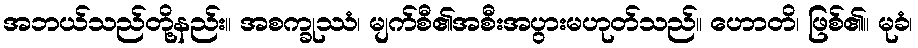
အဘယ်သည်တို့နည်း။ အစက္ခုဿံ၊ မျက်စီ၏အစီးအပွားမဟုတ်သည်။ ဟောတိ၊ ဖြစ်၏။ မုခံ၊